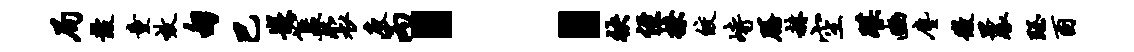
局鼓童效甸巴嵌簋裘庾丙：袂侄撩皎峙膳赫空蹀豳尘微曩珏酉